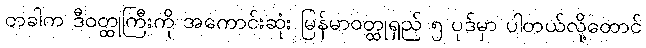
တခါက ဒီဝတ္ထုကြီးကို အကောင်းဆုံး မြန်မာဝတ္ထုရှည် ၅ ပုဒ်မှာ ပါတယ်လို့တောင်